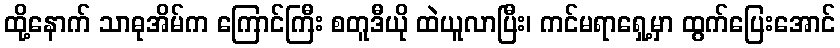
ထို့နောက် သာဓုအိမ်က ကြောင်ကြီး စတူဒီယို ထဲယူလာပြီး၊ ကင်မရာရှေ့မှာ ထွက်ပြေးအောင်